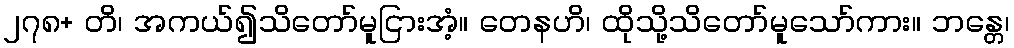
၂၇၈+ တိ၊ အကယ်၍သိတော်မူငြားအံ့။ တေနဟိ၊ ထိုသို့သိတော်မူသော်ကား။ ဘန္တေ၊